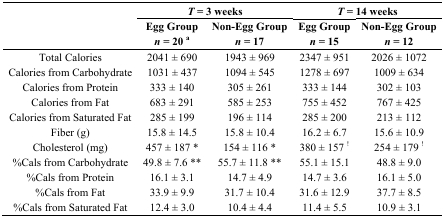
|  | <COLSPAN=2> T = 3 weeks | <COLSPAN=2> T = 14 weeks |
 |  | Egg Group | Non-Egg Group | Egg Group | Non-Egg Group |
 |  | n = 20 a | n = 17 | n = 15 | n = 12 |
 | --- | --- | --- | --- | --- |
 | Total Calories | 2041 ± 690 | 1943 ± 969 | 2347 ± 951 | 2026 ± 1072 |
 | Calories from Carbohydrate | 1031 ± 437 | 1094 ± 545 | 1278 ± 697 | 1009 ± 634 |
 | Calories from Protein | 333 ± 140 | 305 ± 261 | 333 ± 144 | 302 ± 103 |
 | Calories from Fat | 683 ± 291 | 585 ± 253 | 755 ± 452 | 767 ± 425 |
 | Calories from Saturated Fat | 285 ± 199 | 196 ± 114 | 285 ± 200 | 213 ± 112 |
 | Fiber (g) | 15.8 ± 14.5 | 15.8 ± 10.4 | 16.2 ± 6.7 | 15.6 ± 10.9 |
 | Cholesterol (mg) | 457 ± 187 * | 154 ± 116 * | 380 ± 157 ! | 254 ± 179 ! |
 | %Cals from Carbohydrate | 49.8 ± 7.6 ** | 55.7 ± 11.8 ** | 55.1 ± 15.1 | 48.8 ± 9.0 |
 | %Cals from Protein | 16.1 ± 3.1 | 14.7 ± 4.9 | 14.7 ± 3.6 | 16.1 ± 5.0 |
 | %Cals from Fat | 33.9 ± 9.9 | 31.7 ± 10.4 | 31.6 ± 12.9 | 37.7 ± 8.5 |
 | %Cals from Saturated Fat | 12.4 ± 3.0 | 10.4 ± 4.4 | 11.4 ± 5.5 | 10.9 ± 3.1 |